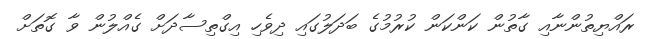
ރައްޔިތުންނާއި ގާތުން ކަންކަން ކުރުމުގެ ބަދަލުގައި ދިވެހި އިގްތިސާދަށް ގެއްލުން ވާ ގޮތަށް